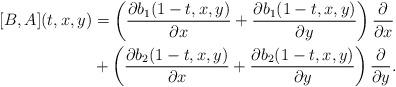
LaTeX: \begin{align*}[B,A](t,x,y) &=\left(\frac{\partial b_1(1-t,x,y)}{\partial x}+\frac{\partial b_1(1-t,x,y)}{\partial y}\right)\frac{\partial}{\partial x}\\ &+\left(\frac{\partial b_2(1-t,x,y)}{\partial x}+\frac{\partial b_2(1-t,x,y)}{\partial y}\right)\frac{\partial}{\partial y}.\end{align*}